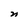
Character: n